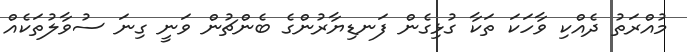
މުއްރަތު ދެއްކި ވާހަކަ ތަކާ ގުޅިގެން ފަނޑިޔާރުންގެ ބެންޗުން ވަނީ ގިނަ ސުވާލުތަކެއް